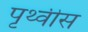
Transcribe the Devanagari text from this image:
पृथ्वीस